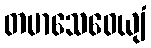
တမာသေဝေယျံ